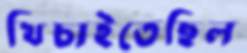
খিচাইতেছিল